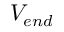
V _ { e n d }